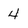
Character: 4